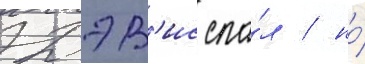
Дэв'ис спа́л / но́